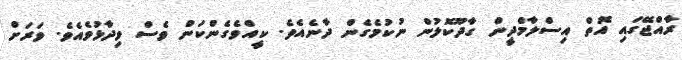
ރާއްޖޭގައި އޮތް އިސްލާމްދީން ގާދޫކޮލުން ނުކުމެގެން ދާނެއެވެ. ކީއްވެގެންކަން ވެސް ވިދާޅުވެއެވެ. ވަރަށް